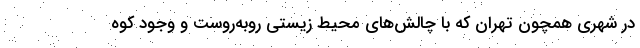
در شهری همچون تهران که با چالش‌های محیط‌ زیستی روبه‌روست و وجود کوه